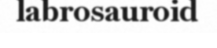
labrosauroid